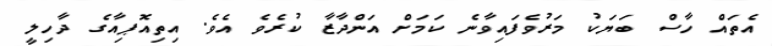
އެތައް ހާސް ބަޔަކު މަރުވެފައިވާނެ ކަމަށް އަންދާޒާ ކުރެވެ އެވެ. އިތިއޮޕިއާގެ ދާހިލީ